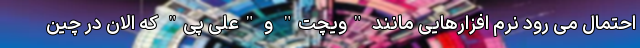
احتمال می رود نرم افزارهایی مانند "ویچت" و "علی پی" که الان در چین